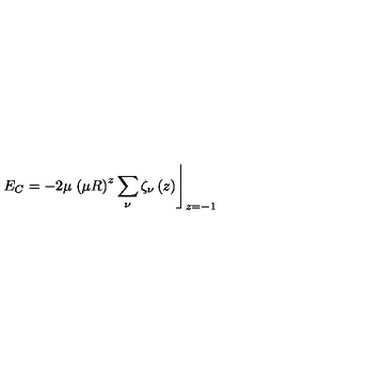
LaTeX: E _ { C } = - 2 \mu \left. \left( \mu R \right) ^ { z } \sum _ { \nu } \zeta _ { \nu } \left( z \right) \right\rfloor _ { z = - 1 }